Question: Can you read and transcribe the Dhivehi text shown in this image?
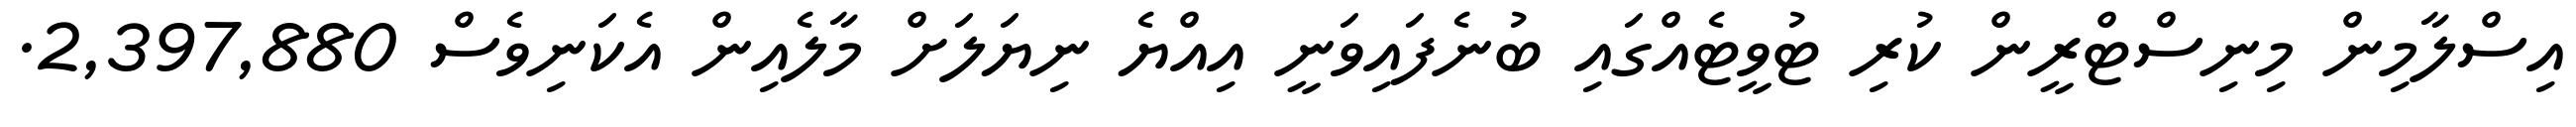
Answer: އިސްލާމިން މިނިސްޓްރީން ކުރި ޓުވީޓެއްގައި ބުނެފައިވަނީ އިއްޔެ ނިޔަލަށް މާލެއިން އެކަނިވެސް 2,397,880.